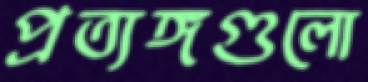
প্রত্যঙ্গগুলো